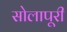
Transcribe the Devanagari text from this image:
सोलापूरी